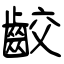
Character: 齩